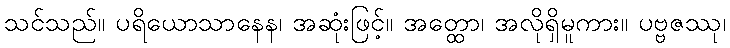
သင်သည်။ ပရိယောသာနေန၊ အဆုံးဖြင့်။ အတ္ထော၊ အလိုရှိမူကား။ ပဗ္ဗဇဿု၊